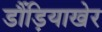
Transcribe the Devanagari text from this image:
डौंड़ियाखेर